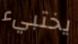
يختبيء